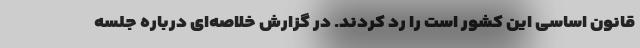
قانون اساسی این کشور است را رد کردند. در گزارش خلاصه‌ای درباره جلسه